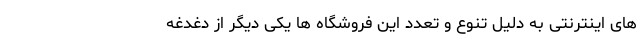
های اینترنتی به دلیل تنوع و تعدد این فروشگاه ها یکی دیگر از دغدغه